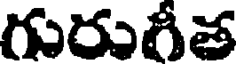
గురుగీత